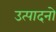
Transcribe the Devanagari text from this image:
उत्पादनो